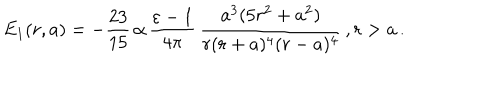
E _ { 1 } ( r , a ) = - \frac { 2 3 } { 1 5 } \, \alpha \, \frac { \varepsilon - 1 } { 4 \pi } \, \frac { a ^ { 3 } ( 5 r ^ { 2 } + a ^ { 2 } ) } { r ( r + a ) ^ { 4 } ( r - a ) ^ { 4 } } \, , r > a \, .